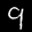
Label: 9